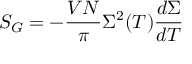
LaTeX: S _ { G } = - { \frac { V N } { \pi } } \Sigma ^ { 2 } ( T ) { \frac { d \Sigma } { d T } }